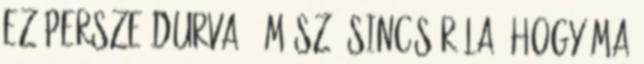
ez persze durva. Ám szó sincs róla, hogy ma